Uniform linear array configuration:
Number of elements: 4
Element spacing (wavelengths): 1
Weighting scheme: cosine
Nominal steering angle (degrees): -30
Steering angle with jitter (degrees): -30.65
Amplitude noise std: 0.05
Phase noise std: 0.05

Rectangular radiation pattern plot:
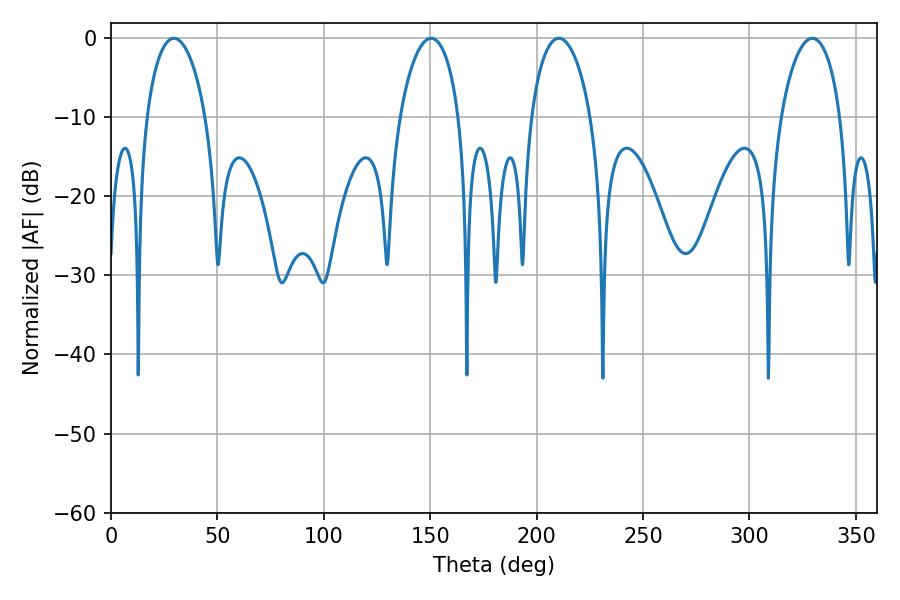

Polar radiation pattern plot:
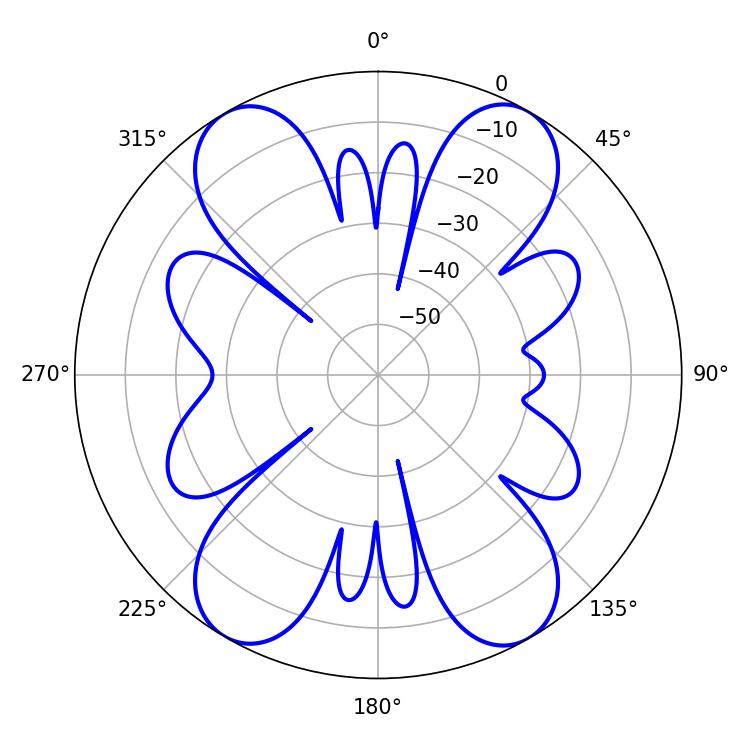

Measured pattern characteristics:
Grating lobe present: TRUE
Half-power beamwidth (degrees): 15.84
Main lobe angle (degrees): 210.42